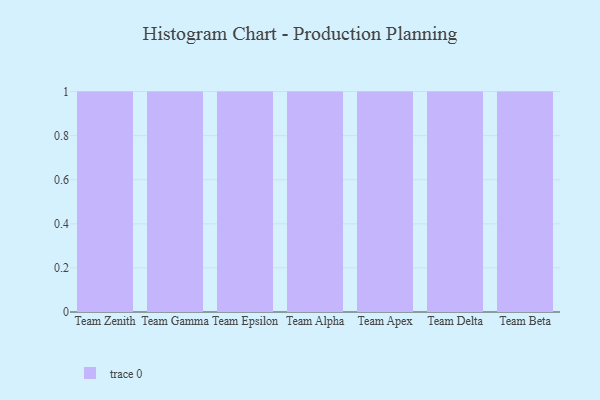
{"axis": {"x": "Team", "y": "Budget (USD K)"}, "legend": [""], "data": [{"x": "Team Zenith", "y": 65, "type": ""}, {"x": "Team Gamma", "y": 15, "type": ""}, {"x": "Team Epsilon", "y": 7, "type": ""}, {"x": "Team Alpha", "y": 19, "type": ""}, {"x": "Team Apex", "y": 3, "type": ""}, {"x": "Team Delta", "y": 59, "type": ""}, {"x": "Team Beta", "y": 55, "type": ""}]}